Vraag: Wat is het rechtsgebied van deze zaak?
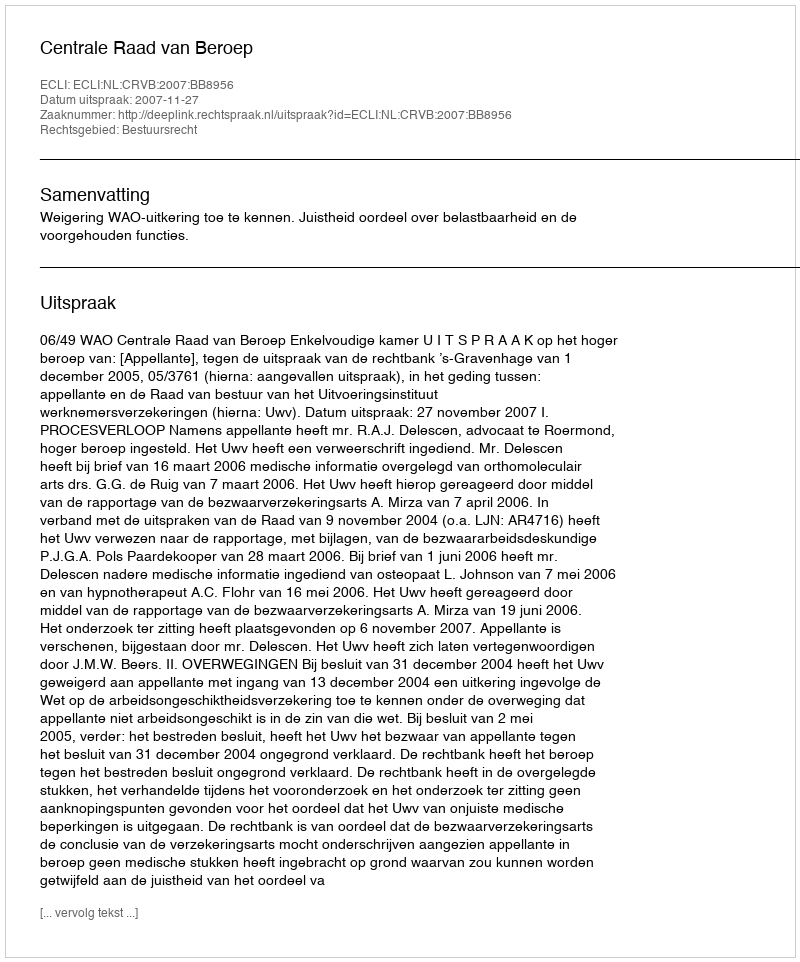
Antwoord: Bestuursrecht